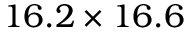
1 6 . 2 \times 1 6 . 6